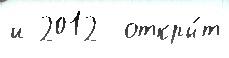
и 2012  откры́т